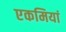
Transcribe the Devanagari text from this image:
एकमियां